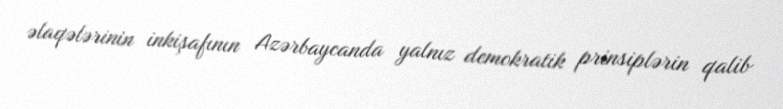
əlaqələrinin inkişafının Azərbaycanda yalnız demokratik prinsiplərin qalib